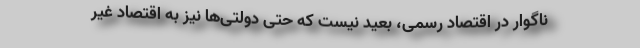
ناگوار در اقتصاد رسمی، بعید نیست که حتی دولتی‌ها نیز به اقتصاد غیر